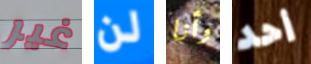
غير لن وأنا أحد